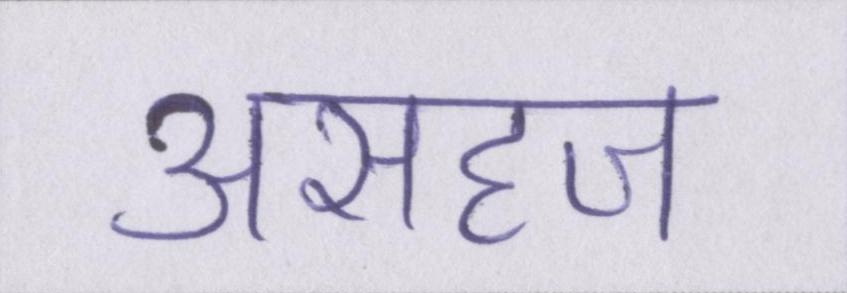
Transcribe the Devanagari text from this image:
असहज